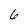
Character: 6